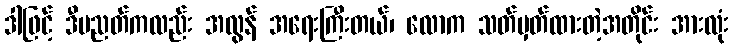
ဒါဖြင့် ဒီပညတ်ကလည်း အလွန် အရေးကြီးတယ်၊ လောက သတ်မှတ်ထားတဲ့အတိုင်း အားလုံး